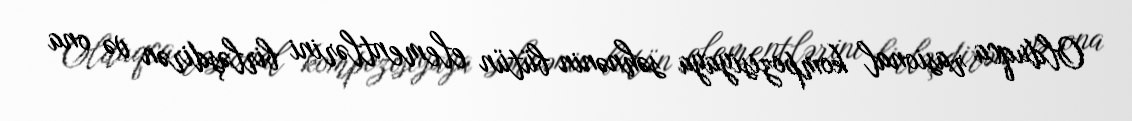
Olduqca rasional kompozisiyaya səhnənin bütün elementlərini birləşdirən və ona